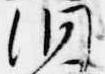
洞